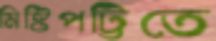
মিষ্টিপট্টিতে